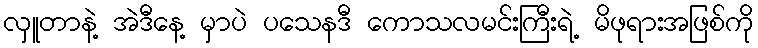
လှူတာနဲ့ အဲဒီနေ့ မှာပဲ ပသေနဒီ ကောသလမင်းကြီးရဲ့ မိဖုရားအဖြစ်ကို